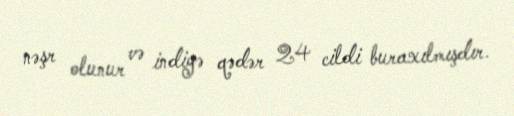
nəşr olunur və indiyə qədər 24 cildi buraxılmışdır.